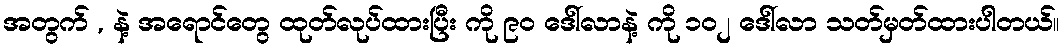
အတွက် , နဲ့ အရောင်တွေ ထုတ်လုပ်ထားပြီး ကို ၉၀ ဒေါ်လာနဲ့ ကို ၁၀၂ ဒေါ်လာ သတ်မှတ်ထားပါတယ်။